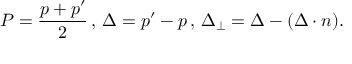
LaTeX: P = \frac { p + p ^ { \prime } } { 2 } \, , \, \Delta = p ^ { \prime } - p \, , \, \Delta _ { \perp } = \Delta - ( \Delta \cdot n ) .